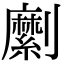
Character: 𠠣